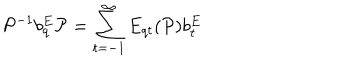
LaTeX: { \cal P } ^ { - 1 } b _ { q } ^ { E } { \cal P } = \sum _ { t = - 1 } ^ { \infty } E _ { q t } ( { \cal P } ) b _ { t } ^ { E }